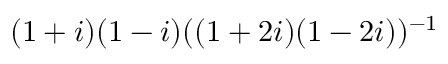
( 1 + i ) ( 1 - i ) ( ( 1 + 2 i ) ( 1 - 2 i ) ) ^ { - 1 }